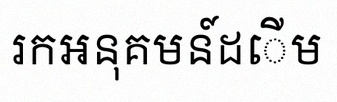
រកអនុគមន៍ដើម